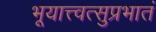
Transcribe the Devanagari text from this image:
भूयात्त्वत्सुप्रभातं